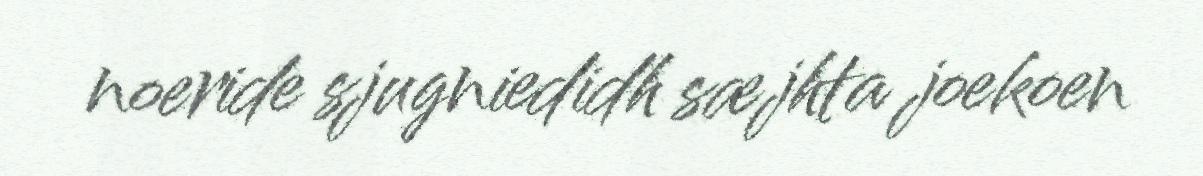
noeride sjugniedidh sæjhta joekoen